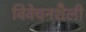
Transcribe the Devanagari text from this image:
विवेचनशैली